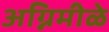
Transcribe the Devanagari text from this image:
अग्निमीळे